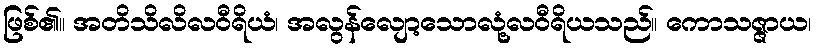
ဖြစ်၏။ အတိသိလိလဝီရိယံ၊ အလွန်လျော့သောလုံ့လဝီရိယသည်။ ကောသဇ္ဇာယ၊